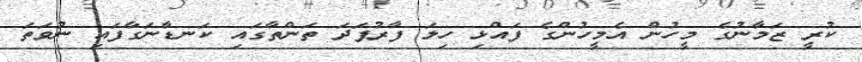
ކުރީ ޒަމާނުގެ މީހުން އެމީހުންގެ ފައްޅި ހިލަ ފާރުފަދަ ތަންތާގައި ކަނޑާނަގާފައި ނުވަތަ